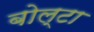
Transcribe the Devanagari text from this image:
बोल्टा